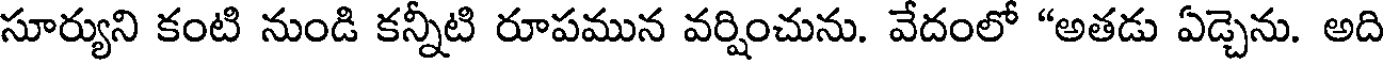
సూర్యుని కంటి నుండి కన్నీటి రూపమున వర్షించును. వేదంలో "అతడు ఏడ్చెను. అది